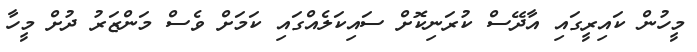
މީހުން ކައިރީގައި އާދޭސް ކުރަނިކޮށް ސައިކަލެއްގައި ކަމަށް ވެސް މަންޒަރު ދުށް މީހާ